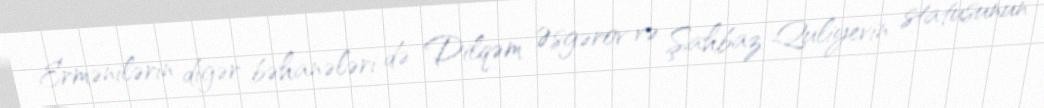
Ermənilərin digər bəhanələri də Dilqəm Əsgərov və Şahbaz Quliyevin statusunun